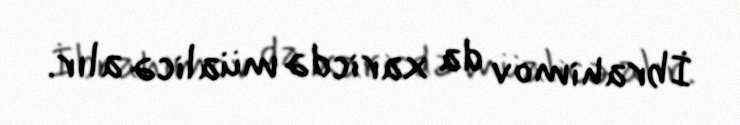
İbrahimov da xaricdə müalicə alır.